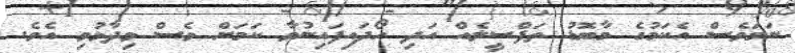
ނަމަވެސް އެކަމުގެ މާބޮޑު ތަފްސީލެއް އަދި ހޯދައިފައިނުވާ ކަމަށް ވެސް ވިދާޅުވި އެވެ.